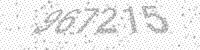
Solution: 967215